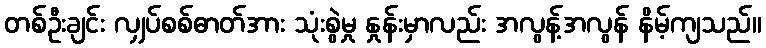
တစ်ဦးချင်း လျှပ်စစ်ဓာတ်အား သုံးစွဲမှု နှုန်းမှာလည်း အလွန့်အလွန် နိမ့်ကျသည်။